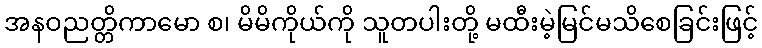
အနဝညတ္တိကာမော စ၊ မိမိကိုယ်ကို သူတပါးတို့ မထီးမဲ့မြင်မသိစေခြင်းဖြင့်